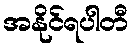
အနိုင်ရပါတီ